system: You are a helpful assistant.
user:
Analyze the provided spectrum to determine if it is a **"Cataclysmic Variables (CV)"**.

- **Key Indicators for CV (Check for either state):**
    - **State 1: Quiescent / Low-State (Emission-Dominated)**
        - **(Primary):** Strong and *very broad* Hydrogen Balmer emission lines (e.g., $H\alpha$ at 6563 Å, $H\beta$ at 4861 Å). The 'broadness' (high velocity dispersion, often FWHM > 1000 km/s) is the key diagnostic, indicating a high-velocity accretion disk.
        - **(Secondary):** Broad neutral Helium (He I) emission lines (e.g., 5876 Å, 6678 Å).
        - **(Key Confirmation):** Presence of high-excitation *ionized* Helium (He II) emission at 4686 Å. This is a strong indicator of accretion onto a white dwarf.
        - **(Line Profile):** Emission lines may exhibit a 'double-peaked' profile, which is a classic signature of a rotating accretion disk viewed at high inclination.

    - **State 2: Outburst / High-State (Absorption-Dominated)**
        - **(Primary):** Spectrum is dominated by a bright, blue continuum (looks like a hot star).
        - **(Secondary):** The emission lines from State 1 are weak, absent, or 'filled in', and are replaced by broad, shallow *absorption* lines (primarily Balmer and He I).
        - **(Morphology):** The overall spectrum mimics a hot B/A-type star. The crucial difference is that the absorption lines are significantly broader, shallower, and more 'washed-out' (or 'smeared') than the sharp lines of a normal stellar photosphere, due to high rotational speeds and pressure broadening in the disk.

Think first, call **spectral_visualization_tool** if needed to examine features in detail, then provide your final answer. Your response must adhere to the following strict rules:
1.  **Overall Structure:** Your response must follow the format `<think>...</think> <tool_call>...</tool_call> (if a tool is used) <answer>...</answer>`.
2.  **Tool Usage Constraint:** You may only make **one** tool call per turn.
3.  **Final Answer Format:** In the `<answer>` tag, your conclusion must be inside a `\boxed{}` command (e.g., `\boxed{YES}`), followed by your justification.

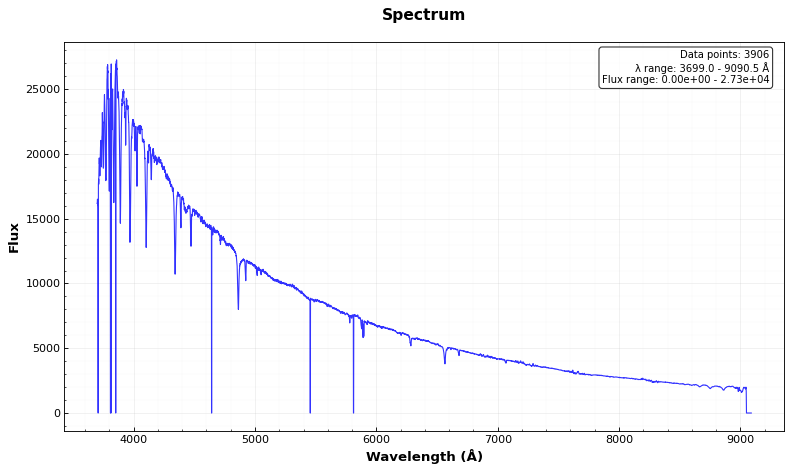
Answer: NO